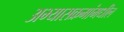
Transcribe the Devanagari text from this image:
अभ्यासक्रमांमधील